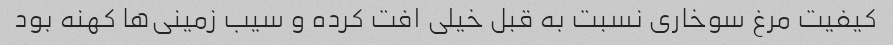
کیفیت مرغ سوخاری نسبت به قبل خیلی افت کرده و سیب زمینی‌ها کهنه بود